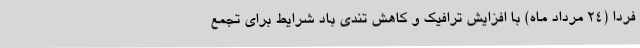
فردا (24 مرداد ماه) با افزایش ترافیک و کاهش تندی باد شرایط برای تجمع